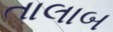
તાલાબ